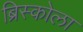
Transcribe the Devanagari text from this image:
ब्रिस्कोला